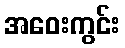
အဝေးကွင်း